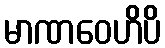
မာဏဝေဟိပိ